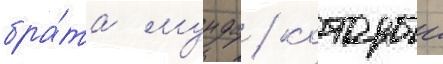
бра́та мунда / которыи